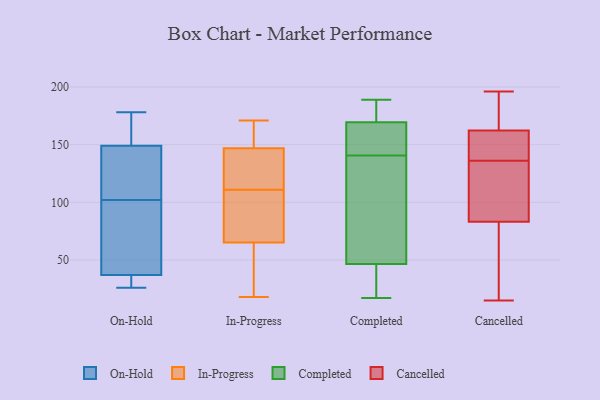
{"axis": {"x": "Revenue (USD Million)", "y": "Value"}, "legend": ["Cancelled", "Completed", "In-Progress", "On-Hold"], "data": [{"x": "", "y": 26, "type": "On-Hold"}, {"x": "", "y": 100, "type": "On-Hold"}, {"x": "", "y": 37, "type": "On-Hold"}, {"x": "", "y": 31, "type": "On-Hold"}, {"x": "", "y": 126, "type": "On-Hold"}, {"x": "", "y": 149, "type": "On-Hold"}, {"x": "", "y": 178, "type": "On-Hold"}, {"x": "", "y": 75, "type": "On-Hold"}, {"x": "", "y": 151, "type": "On-Hold"}, {"x": "", "y": 104, "type": "On-Hold"}, {"x": "", "y": 57, "type": "In-Progress"}, {"x": "", "y": 171, "type": "In-Progress"}, {"x": "", "y": 75, "type": "In-Progress"}, {"x": "", "y": 141, "type": "In-Progress"}, {"x": "", "y": 48, "type": "In-Progress"}, {"x": "", "y": 131, "type": "In-Progress"}, {"x": "", "y": 149, "type": "In-Progress"}, {"x": "", "y": 107, "type": "In-Progress"}, {"x": "", "y": 137, "type": "In-Progress"}, {"x": "", "y": 169, "type": "In-Progress"}, {"x": "", "y": 111, "type": "In-Progress"}, {"x": "", "y": 18, "type": "In-Progress"}, {"x": "", "y": 107, "type": "In-Progress"}, {"x": "", "y": 62, "type": "In-Progress"}, {"x": "", "y": 158, "type": "In-Progress"}, {"x": "", "y": 27, "type": "Completed"}, {"x": "", "y": 92, "type": "Completed"}, {"x": "", "y": 174, "type": "Completed"}, {"x": "", "y": 183, "type": "Completed"}, {"x": "", "y": 40, "type": "Completed"}, {"x": "", "y": 47, "type": "Completed"}, {"x": "", "y": 168, "type": "Completed"}, {"x": "", "y": 46, "type": "Completed"}, {"x": "", "y": 79, "type": "Completed"}, {"x": "", "y": 140, "type": "Completed"}, {"x": "", "y": 143, "type": "Completed"}, {"x": "", "y": 17, "type": "Completed"}, {"x": "", "y": 146, "type": "Completed"}, {"x": "", "y": 189, "type": "Completed"}, {"x": "", "y": 141, "type": "Completed"}, {"x": "", "y": 171, "type": "Completed"}, {"x": "", "y": 196, "type": "Cancelled"}, {"x": "", "y": 156, "type": "Cancelled"}, {"x": "", "y": 147, "type": "Cancelled"}, {"x": "", "y": 84, "type": "Cancelled"}, {"x": "", "y": 172, "type": "Cancelled"}, {"x": "", "y": 108, "type": "Cancelled"}, {"x": "", "y": 194, "type": "Cancelled"}, {"x": "", "y": 15, "type": "Cancelled"}, {"x": "", "y": 81, "type": "Cancelled"}, {"x": "", "y": 159, "type": "Cancelled"}, {"x": "", "y": 102, "type": "Cancelled"}, {"x": "", "y": 136, "type": "Cancelled"}, {"x": "", "y": 18, "type": "Cancelled"}]}